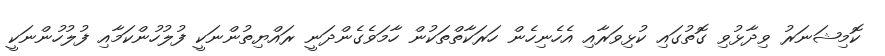
ކޮމިޝަނަރު ވިދާޅުވި ގޮތުގައި ކުޅިވަރާއި އެހެނިހެން ހަރަކާތްތަކުން ހާމަވެގެންދަނީ ރައްޔިތުންނަކީ ފުލުހުންކަމާއި ފުލުހުންނަކީ